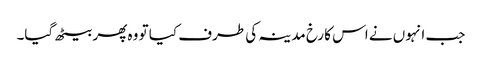
جب انہوں نے اس کا رخ مدینہ کی طرف کیا تو وہ پھر بیٹھ گیا۔